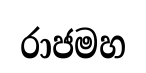
රාජමහ